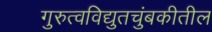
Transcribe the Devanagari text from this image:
गुरुत्वविद्युतचुंबकीतील